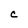
Character: C